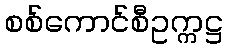
စစ်ကောင်စီဥက္ကဋ္ဌ